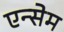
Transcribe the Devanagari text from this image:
एन्सेम